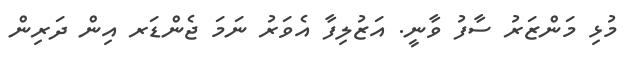
މުޅި މަންޒަރު ސާފު ވާނީ. އަޒުލިފާ އެވަރު ނަމަ ޖެންޑަރ އިން ދަރިން